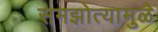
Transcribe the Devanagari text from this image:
समझोत्यामुळे